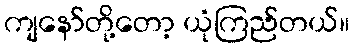
ကျနော်တို့တော့ ယုံကြည်တယ်။